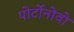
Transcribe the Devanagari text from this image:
पोर्टोनोवो